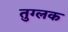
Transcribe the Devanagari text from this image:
तुग्लक